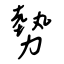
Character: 勢